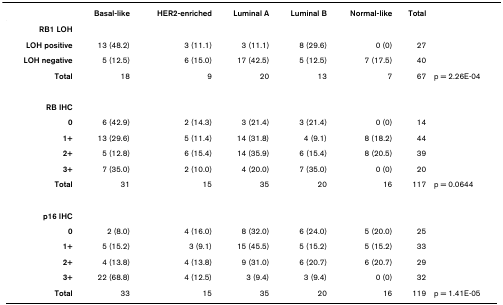
|  | Basal-like | HER2-enriched | Luminal A | Luminal B | Normal-like | Total |  |
 | --- | --- | --- | --- | --- | --- | --- | --- |
 | RB1 LOH |  |  |  |  |  |  |  |
 | LOH positive | 13 (48.2) | 3 (11.1) | 3 (11.1) | 8 (29.6) | 0 (0) | 27 |  |
 | LOH negative | 5 (12.5) | 6 (15.0) | 17 (42.5) | 5 (12.5) | 7 (17.5) | 40 |  |
 | Total | 18 | 9 | 20 | 13 | 7 | 67 | p = 2.26E-04 |
 | RB IHC |  |  |  |  |  |  |  |
 | 0 | 6 (42.9) | 2 (14.3) | 3 (21.4) | 3 (21.4) | 0 (0) | 14 |  |
 | 1+ | 13 (29.6) | 5 (11.4) | 14 (31.8) | 4 (9.1) | 8 (18.2) | 44 |  |
 | 2+ | 5 (12.8) | 6 (15.4) | 14 (35.9) | 6 (15.4) | 8 (20.5) | 39 |  |
 | 3+ | 7 (35.0) | 2 (10.0) | 4 (20.0) | 7 (35.0) | 0 (0) | 20 |  |
 | Total | 31 | 15 | 35 | 20 | 16 | 117 | p = 0.0644 |
 | p16 IHC |  |  |  |  |  |  |  |
 | 0 | 2 (8.0) | 4 (16.0) | 8 (32.0) | 6 (24.0) | 5 (20.0) | 25 |  |
 | 1+ | 5 (15.2) | 3 (9.1) | 15 (45.5) | 5 (15.2) | 5 (15.2) | 33 |  |
 | 2+ | 4 (13.8) | 4 (13.8) | 9 (31.0) | 6 (20.7) | 6 (20.7) | 29 |  |
 | 3+ | 22 (68.8) | 4 (12.5) | 3 (9.4) | 3 (9.4) | 0 (0) | 32 |  |
 | Total | 33 | 15 | 35 | 20 | 16 | 119 | p = 1.41E-05 |